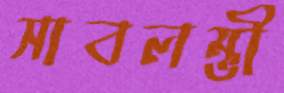
সাবলম্ভী